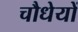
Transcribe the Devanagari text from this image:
चौधेयों